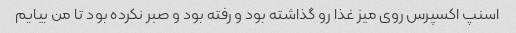
اسنپ اکسپرس روی میز غذا رو گذاشته بود و رفته بود و صبر نکرده بود تا من بیایم